Vaccine operations Central Provinces 1900-1911 - 1900-1911
Year: 1900
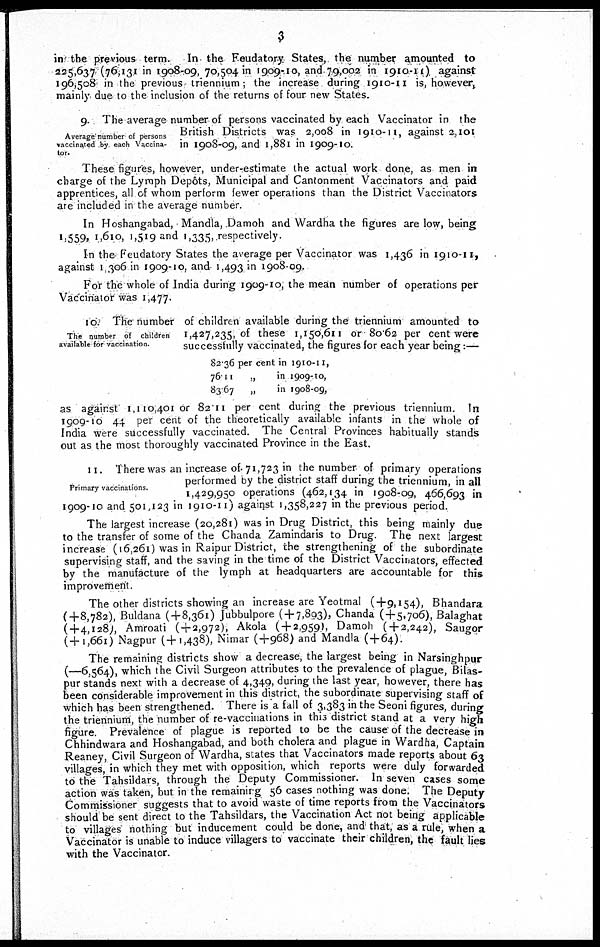
3
in the previous term. In the Feudatory States, the number amounted to
225,637 (76,131 in 1908-09, 70,504 in 1909-10, and 79,002 in 1910-11) against
196,508 in the previous triennium; the increase during 1910-11 is, however,
mainly due to the inclusion of the returns of four new States.
Average number of persons
vaccinated by each Vaccina-
tor.
9. The average number of persons vaccinated by each Vaccinator in the
British Districts was 2,008 in 1910-11, against 2,101
in 1908-09, and 1,881 in 1909-10.
These figures, however, under-estimate the actual work done, as men in
charge of the Lymph Depôts, Municipal and Cantonment Vaccinators and paid
apprentices, all of whom perform fewer operations than the District Vaccinators
are included in the average number.
In Hoshangabad, Mandla, Damoh and Wardha the figures are low, being
1,559, 1,610, 1,519 and 1,335, respectively.
In the Feudatory States the average per Vaccinator was 1,436 in 1910-11,
against 1,306 in 1909-10, and 1,493 in 1908-09.
For the whole of India during 1909-10, the mean number of operations per
Vaccinator was 1,477.
The number of children
available for vaccination.
10. The number of children available during the triennium amounted to
1,427,235, of these 1,150,611 or 80.62 per cent were
successfully vaccinated, the figures for each year being:—
82.36 per cent in
76.11
„
in
83.67 „
in
1910-11,
1909-10,
1908-09,
as against 1,110,401 or 82.11 per cent during; the previous triennium. In
1909-10 44 per cent of the theoretically available infants in the whole of
India were successfully vaccinated. The Central Provinces habitually stands
out as the most thoroughly vaccinated Province in the East.
Primary vaccinations.
11. There was an increase of 71,723 in the number of primary operations
performed by the district staff during the triennium, in all
1,429,950 operations (462,134 in 1908-09, 466,693 in
1909-10 and 501,123 in 1910-11) against 1,358,227 in the previous period.
The largest increase (20,281) was in Drug District, this being mainly due
to the transfer of some of the Chanda Zamindaris to Drug. The next largest
increase (16,261) was in Raipur District, the strengthening of the subordinate
supervising staff, and the saving in the time of the District Vaccinators, effected
by the manufacture of the lymph at headquarters are accountable for this
improvement.
The other districts showing an increase are Yeotmal (+9,154), Bhandara
(+8,782), Buldana (+8,361) Jubbulpore ( + 7,893), Chanda (+5,706), Balaghat
(+4,128), Amroati ( + 2,972), Akola (+2,959), Damoh ( + 2,242), Saugor
(+1,661) Nagpur (+1,438), Nimar (+968) and Mandla (+64).
The remaining districts show a decrease, the largest being in Narsinghpur
(—6,564), which the Civil Surgeon attributes to the prevalence of plague, Bilas¬
pur stands next with a decrease of 4,349, during the last year, however, there has
been considerable improvement in this district, the subordinate supervising staff of
which has been strengthened. There is a fall of 3,383 in the Seoni figures, during
the triennium, the number of re-vaccinations in this district stand at a very high
figure. Prevalence of plague is reported to be the cause of the decrease in
Chhindwara and Hoshangabad, and both cholera and plague in Wardha, Captain
Reaney, Civil Surgeon of Wardha, states that Vaccinators made reports about 63
villages, in which they met with opposition, which reports were duly forwarded
to the Tahsildars, through the Deputy Commissioner. In seven cases some
action was taken, but in the remaining 56 cases nothing was done. The Deputy
should be sent direct to the Tahsildars, the Vaccination Act not being applicable
to villages nothing but inducement could be done, and that, as a rule, when a
Vaccinator is unable to induce villagers to vaccinate their children, the fault lies
with the Vaccinator.